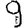
Digit: 9